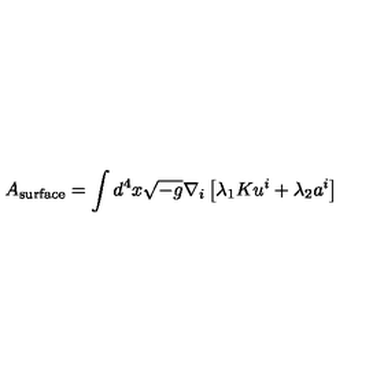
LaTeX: A _ { \mathrm { s u r f a c e } } = \int d ^ { 4 } x \sqrt { - g } \nabla _ { i } \left[ \lambda _ { 1 } K u ^ { i } + \lambda _ { 2 } a ^ { i } \right]